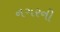
નગરની